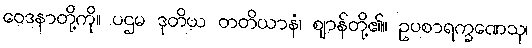
ဝေဒနာတို့ကို။ ပဌမ ဒုတိယ တတိယာနံ၊ ဈာန်တို့၏။ ဥပစာရက္ခဏေသု၊